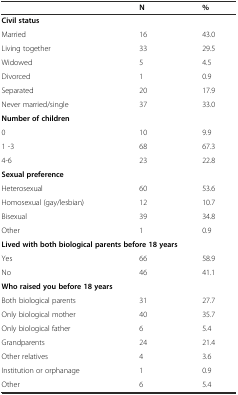
<table><thead><tr><td></td><td><b>N</b></td><td><b>%</b></td></tr></thead><tbody><tr><td colspan="3"><b>Civil status</b></td></tr><tr><td>Married</td><td>16</td><td>43.0</td></tr><tr><td>Living together</td><td>33</td><td>29.5</td></tr><tr><td>Widowed</td><td>5</td><td>4.5</td></tr><tr><td>Divorced</td><td>1</td><td>0.9</td></tr><tr><td>Separated</td><td>20</td><td>17.9</td></tr><tr><td>Never married/single</td><td>37</td><td>33.0</td></tr><tr><td colspan="3"><b>Number of children</b></td></tr><tr><td>0</td><td>10</td><td>9.9</td></tr><tr><td>1 -3</td><td>68</td><td>67.3</td></tr><tr><td>4-6</td><td>23</td><td>22.8</td></tr><tr><td colspan="3"><b>Sexual preference</b></td></tr><tr><td>Heterosexual</td><td>60</td><td>53.6</td></tr><tr><td>Homosexual (gay/lesbian)</td><td>12</td><td>10.7</td></tr><tr><td>Bisexual</td><td>39</td><td>34.8</td></tr><tr><td>Other</td><td>1</td><td>0.9</td></tr><tr><td colspan="3"><b>Lived with both biological parents before 18 years</b></td></tr><tr><td>Yes</td><td>66</td><td>58.9</td></tr><tr><td>No</td><td>46</td><td>41.1</td></tr><tr><td colspan="3"><b>Who raised you before 18 years</b></td></tr><tr><td>Both biological parents</td><td>31</td><td>27.7</td></tr><tr><td>Only biological mother</td><td>40</td><td>35.7</td></tr><tr><td>Only biological father</td><td>6</td><td>5.4</td></tr><tr><td>Grandparents</td><td>24</td><td>21.4</td></tr><tr><td>Other relatives</td><td>4</td><td>3.6</td></tr><tr><td>Institution or orphanage</td><td>1</td><td>0.9</td></tr><tr><td>Other</td><td>6</td><td>5.4</td></tr></tbody></table>